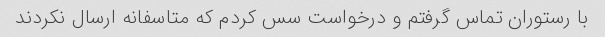
با رستوران تماس گرفتم و درخواست سس کردم که متاسفانه ارسال نکردند